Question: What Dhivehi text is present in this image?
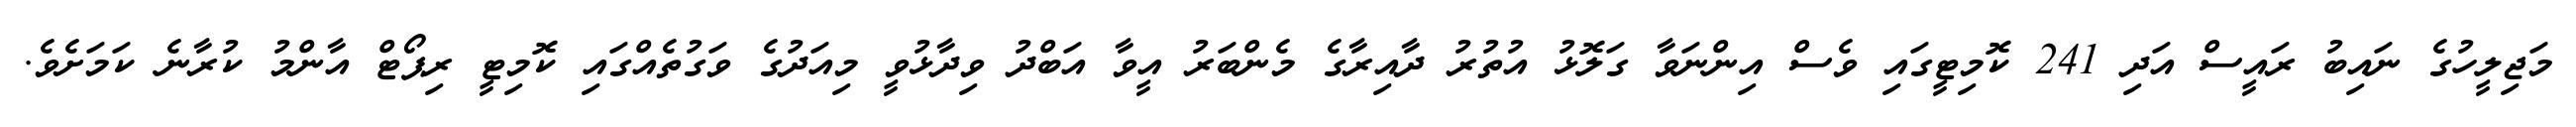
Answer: މަޖިލީހުގެ ނައިބު ރައީސް އަދި 241 ކޮމިޓީގައި ވެސް އިންނަވާ ގަލޮޅު އުތުރު ދާއިރާގެ މެންބަރު އީވާ އަބްދު ވިދާޅުވީ މިއަދުގެ ވަގުތެއްގައި ކޮމިޓީ ރިޕޯޓް އާންމު ކުރާނެ ކަމަށެވެ.